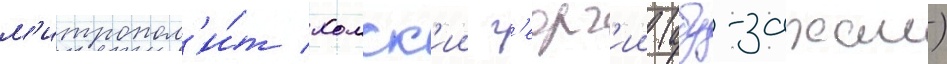
м'итропол'и́т хомск'ии г'еорг'ии (абу-захам)